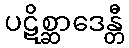
ပဋိစ္ဆာဒေန္တီ